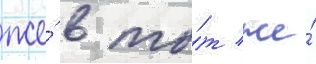
же́ в то́т же́